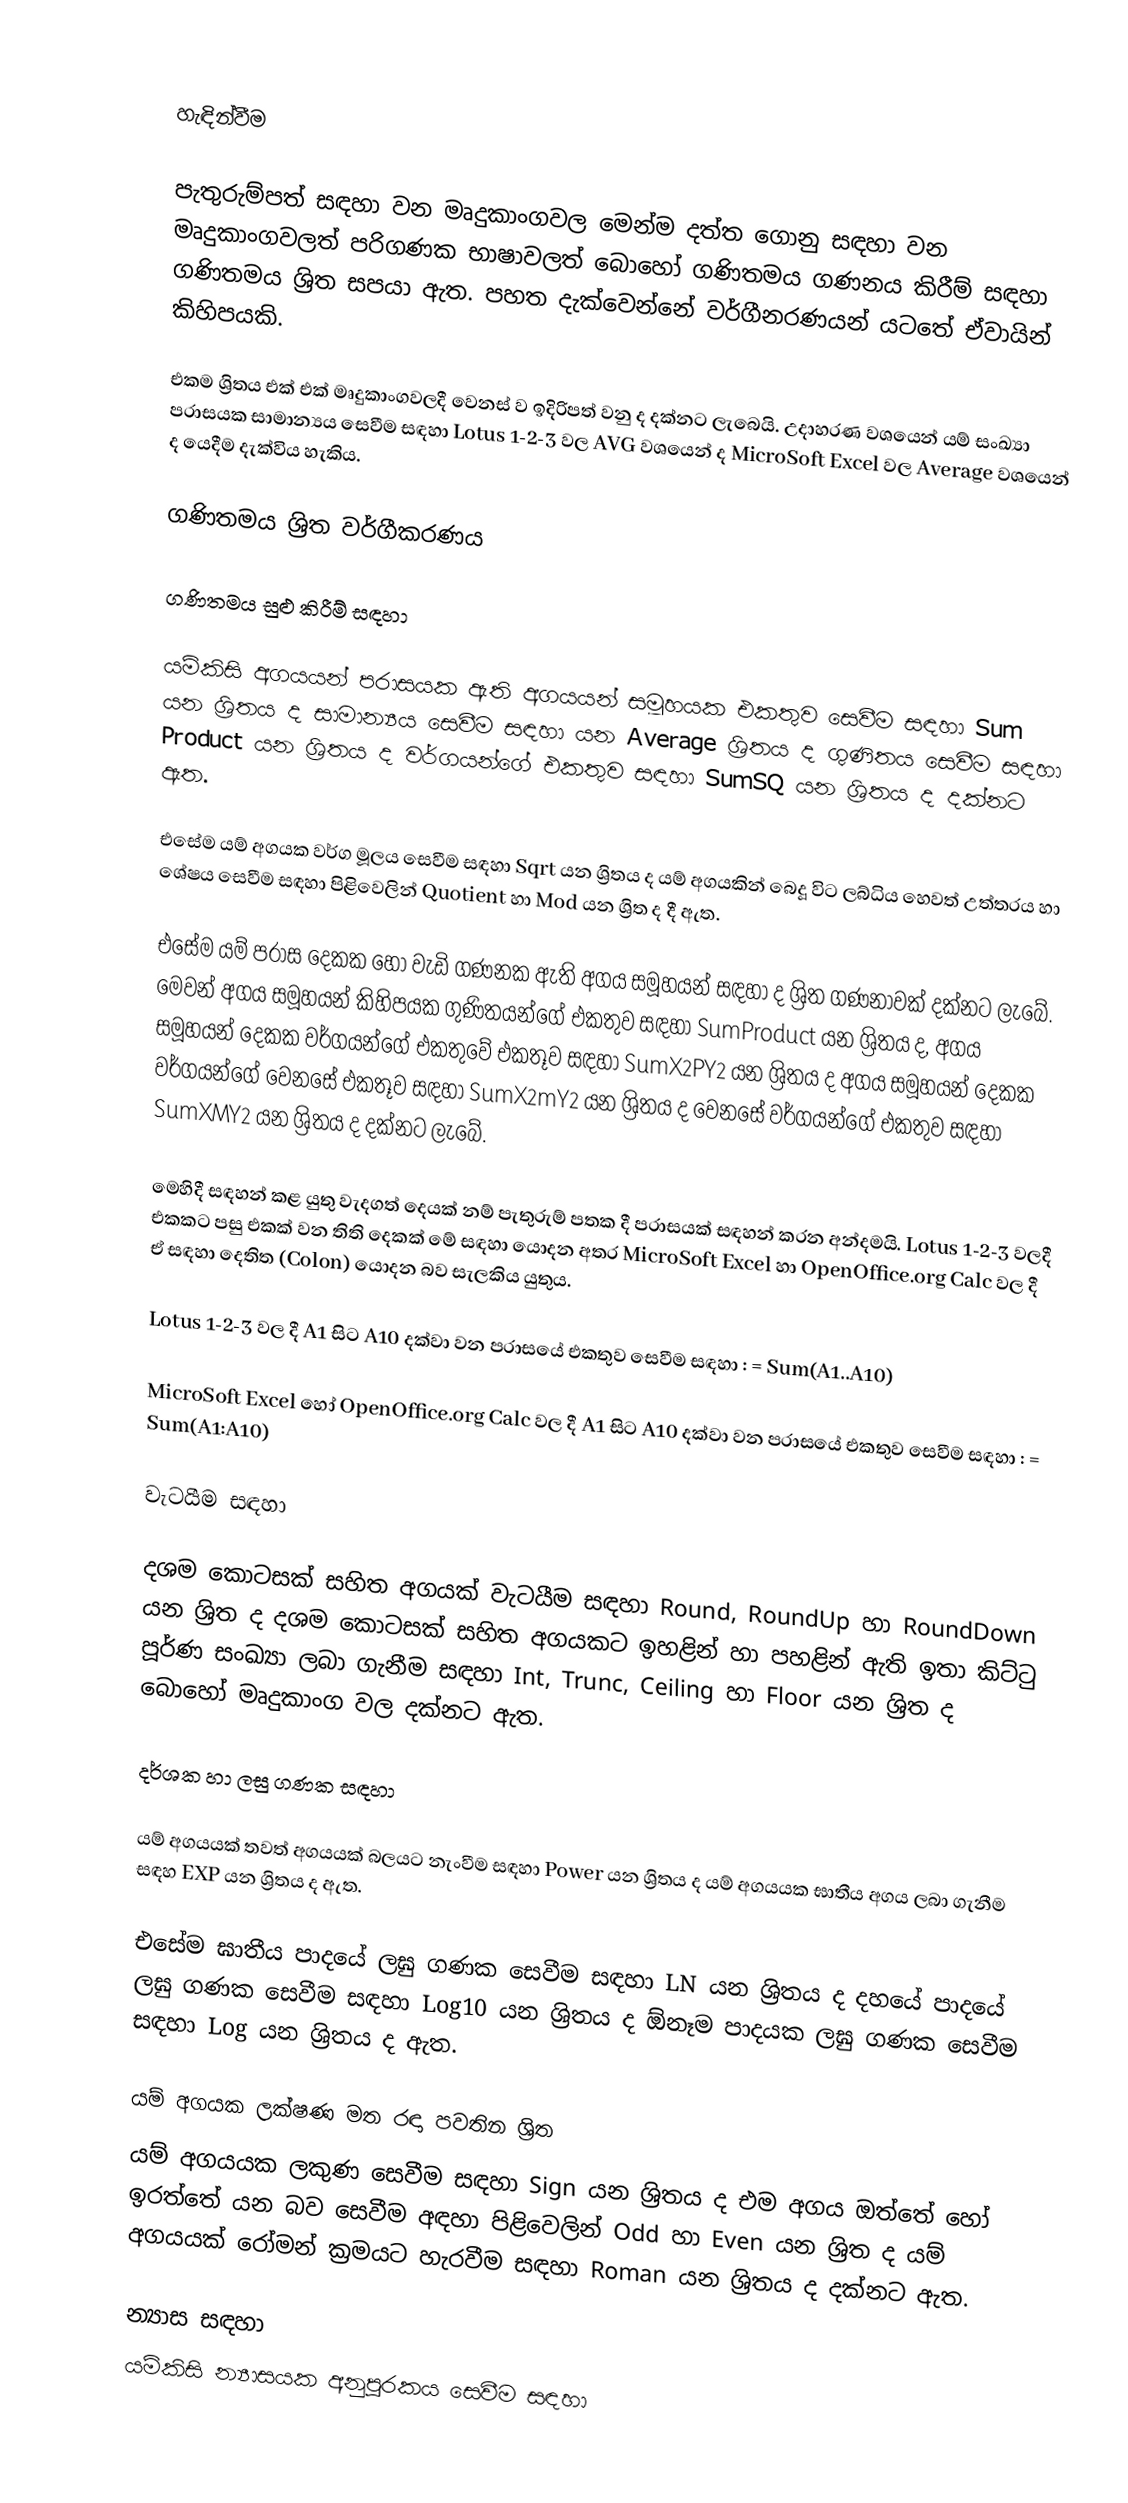

හැඳින්වීම

පැතුරුම්පත් සඳහා වන මෘදුකාංගවල මෙන්ම දත්ත ගොනු සඳහා වන මෘදුකාංගවලත් පරිගණක භාෂාවලත් බොහෝ ගණිතමය ගණනය කිරීම් සඳහා ගණිතමය ශ්‍රිත සපයා ඇත. පහත දැක්වෙන්නේ වර්ගීනරණයන් යටතේ ඒවායින් කිහිපයකි.

එකම ශ්‍රිතය එක් එක් මෘදුකාංගවලදී වෙනස් ව ඉදිරිපත් වනු ද දක්නට ලැබෙයි. උදාහරණ වශයෙන් යම් සංඛ්‍යා පරාසයක සාමාන්‍යය සෙවීම සඳහා Lotus 1-2-3 වල AVG වශයෙන් ද MicroSoft Excel වල Average වශයෙන් ද යෙදීම දැක්විය හැකිය.

ගණිතමය ශ්‍රිත වර්ගීකරණය

ගණිතමය සුළු කිරීම් සඳහා

යම්කිසි අගයයන් පරාසයක ඇති අගයයන් සමූහයක එකතුව සෙවීම සඳහා Sum යන ශ්‍රිතය ද සාමාන්‍යය සෙවීම සඳහා යන Average ශ්‍රිතය ද ගුණිතය සෙවීම සඳහා Product යන ශ්‍රිතය ද වර්ගයන්ගේ එකතුව සඳහා SumSQ යන ශ්‍රිතය ද දක්නට ඇත.

එසේම යම් අගයක වර්ග මූලය සෙවීම සඳහා Sqrt යන ශ්‍රිතය ද යම් අගයකින් බෙදූ විට ලබ්ධිය හෙවත් උත්තරය හා ශේෂය සෙවීම සඳහා පිළිවෙලින් Quotient හා Mod යන ශ්‍රිත ද දී ඇත.

එසේම යම් පරාස දෙකක හෝ වැඩි ගණනක ඇති අගය සමූහයන් සඳහා ද ශ්‍රිත ගණනාවක් දක්නට ලැබේ. මෙවන් අගය සමූහයන් කිහිපයක ගුණිතයන්ගේ එකතුව සඳහා SumProduct යන ශ්‍රිතය ද, අගය සමූහයන් දෙකක වර්ගයන්ගේ එකතුවේ එකතූව සඳහා SumX2PY2 යන ශ්‍රිතය ද අගය සමූහයන් දෙකක වර්ගයන්ගේ වෙනසේ  එකතූව සඳහා SumX2mY2 යන ශ්‍රිතය ද වෙනසේ වර්ගයන්ගේ එකතුව සඳහා SumXMY2 යන ශ්‍රිතය ද දක්නට ලැබේ.

මෙහිදී සඳහන් කළ යුතු වැදගත් දෙයක් නම් පැතුරුම් පතක දී පරාසයක් සඳහන් කරන අන්දමයි. Lotus 1-2-3 වලදී එකකට පසු එකක් වන තිති දෙකක්  මේ සඳහා යොදන අතර MicroSoft Excel හා OpenOffice.org Calc  වල දී ඒ සඳහා දෙතිත (Colon)  යොදන බව සැලකිය යුතුය.

Lotus 1-2-3 වල දී A1 සිට A10 දක්වා වන පරාසයේ එකතුව සෙවීම සඳහා : = Sum(A1..A10)

MicroSoft Excel හෝ OpenOffice.org Calc  වල දී A1 සිට A10 දක්වා වන පරාසයේ එකතුව සෙවීම සඳහා : = Sum(A1:A10)

වැටයීම සඳහා

දශම කොටසක් සහිත අගයක් වැටයීම සඳහා Round, RoundUp හා RoundDown යන ශ්‍රිත ද දශම කොටසක් සහිත අගයකට ඉහළින් හා පහළින් ඇති ඉතා කිට්ටු පූර්ණ සංඛ්‍යා ලබා ගැනීම සඳහා Int, Trunc, Ceiling හා Floor යන ශ්‍රිත ද බොහෝ මෘදුකාංග වල දක්නට ඇත.

දර්ශක හා ලඝු ගණක සඳහා

යම් අගයයක් තවත් අගයයක් බලයට නැංවීම සඳහා Power යන ශ්‍රිතය ද යම් අගයයක ඝාතීය අගය ලබා ගැනීම සඳහ EXP යන ශ්‍රිතය ද  ඇත.

එසේම ඝාතීය පාදයේ ලඝු ගණක සෙවීම සඳහා LN යන ශ්‍රිතය ද දහයේ පාදයේ ලඝු ගණක සෙවීම සඳහා Log10 යන ශ්‍රිතය ද ඕනෑම පාදයක ලඝු ගණක සෙවීම සඳහා Log යන ශ්‍රිතය ද ඇත.

යම් අගයක ලක්ෂණ මත රඳා පවතින ශ්‍රිත
යම් අගයයක ලකුණ සෙවීම සඳහා Sign යන ශ්‍රිතය ද එම අගය ඔත්තේ හෝ ඉරත්තේ යන බව සෙවීම අඳහා පිළිවෙලින් Odd හා Even යන ශ්‍රිත ද යම් අගයයක් රෝමන් ක්‍රමයට හැරවීම සඳහා Roman යන ශ්‍රිතය ද දක්නට ඇත.

න්‍යාස සඳහා
යම්කිසි න්‍යාසයක අනුපූරකය සෙවීම සඳහා